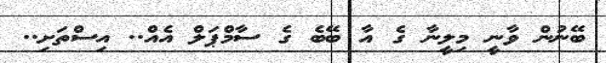
ބޭނުން ވާނީ މިލީނާ ގެ އާ ބޭބެ ގެ ސާމްޕަލް އެއް.. އިސްތަށި..